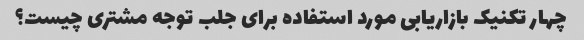
چهار تکنیک بازاریابی مورد استفاده برای جلب توجه مشتری چیست؟